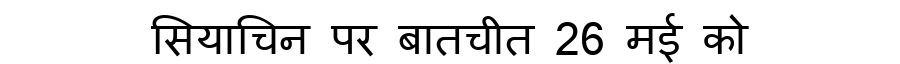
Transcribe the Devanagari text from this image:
सियाचिन पर बातचीत 26 मई को